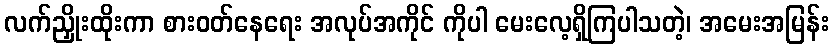
လက်ညှိုးထိုးကာ စားဝတ်နေရေး အလုပ်အကိုင် ကိုပါ မေးလေ့ရှိကြပါသတဲ့၊ အမေးအမြန်း